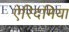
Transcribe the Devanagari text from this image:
ऐरिदमिया